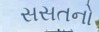
સસતનો